Indian journal of veterinary science and animal husbandry - Volume 5,
Year: 1935
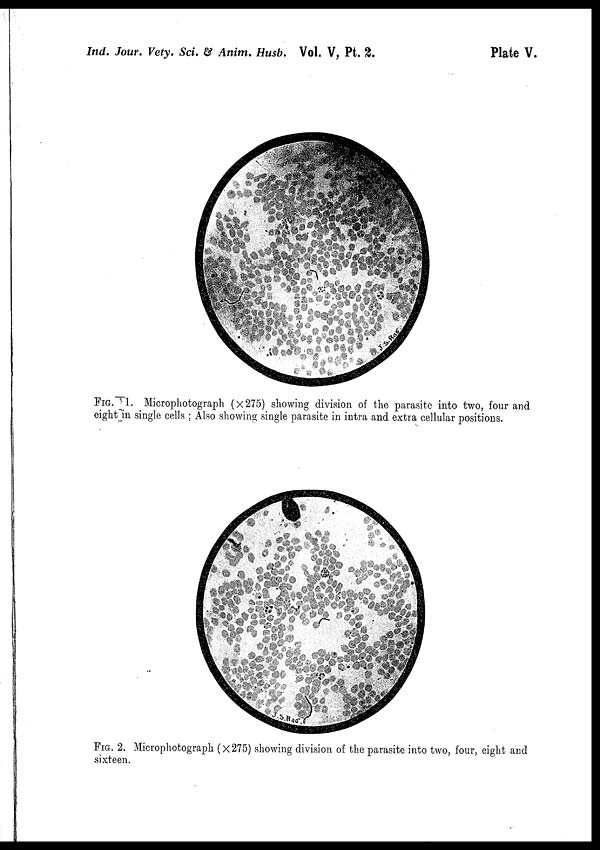
Ind. Jour. Vety. Sci. & Anim. Husb. Vol. V, Pt.
2.
Plate V.
FIG. 1. Microphotograph (× 275) showing division of the parasite into two, four and
eight in single cells ; Also showing single parasite in intra and extra cellular positions.
FIG. 2. Microphotograph (× 275) showing division of the parasite into two, four, eight and
sixteen.